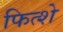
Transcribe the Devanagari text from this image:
फित्शे